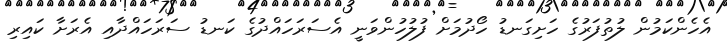
އެހެންކަމުން ލުތުފަރުގެ ހަށިގަނޑު ހޯދުމަށް ފުލުހުންވަނީ އެސަރަހައްދުގެ ކަނޑު ސަރަހައްދާއި އެރަށާ ކައިރި